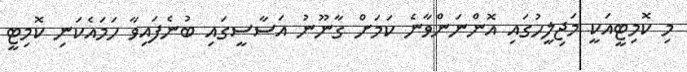
މި ކޮމިޓީއަކީ މަޖިލީހުގައި އޮންނަންވާނެ ކަމަށް ގާނޫނު އަސާސީގައި ބުނެފައިވާ ހަމައެކަނި ކޮމިޓީ